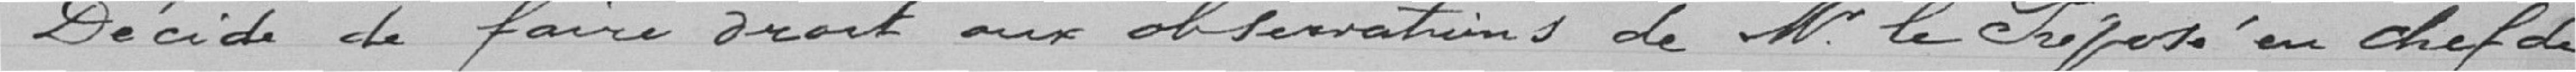
Décide de faire droit aux observations de Monsieur le Préposé en Chef de